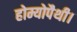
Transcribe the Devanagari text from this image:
होम्योपैथी।